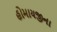
હોમાયજીના